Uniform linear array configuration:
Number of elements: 8
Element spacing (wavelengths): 0.25
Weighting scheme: uniform
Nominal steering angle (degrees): -45
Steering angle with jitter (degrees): -44.246
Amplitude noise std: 0.05
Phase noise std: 0.05

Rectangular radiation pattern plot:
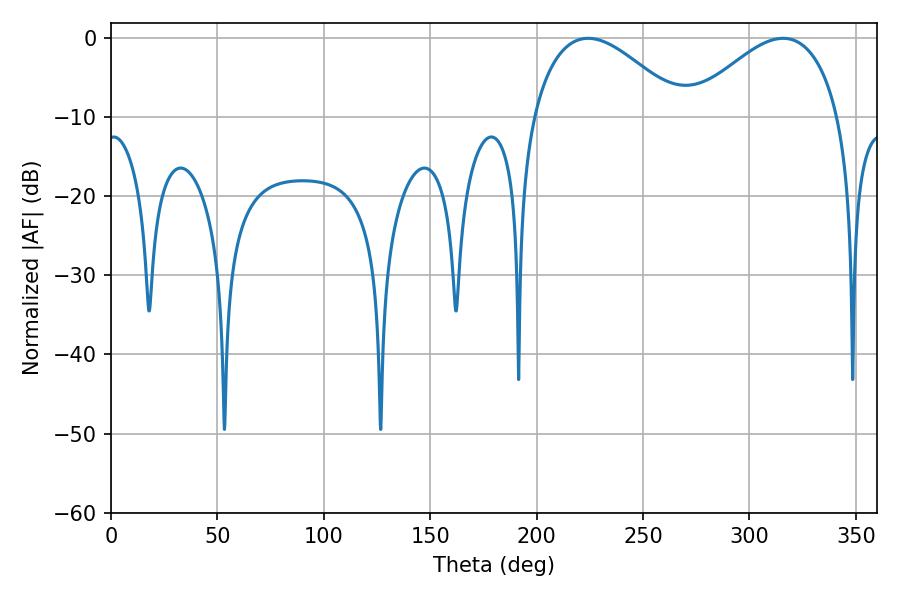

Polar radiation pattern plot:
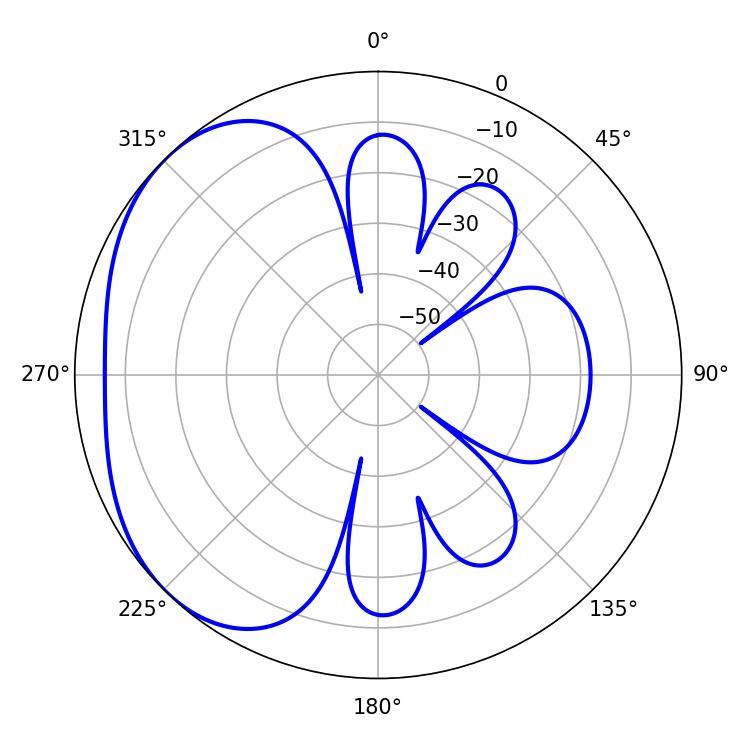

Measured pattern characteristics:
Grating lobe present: FALSE
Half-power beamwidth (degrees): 38.52
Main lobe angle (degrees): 224.28